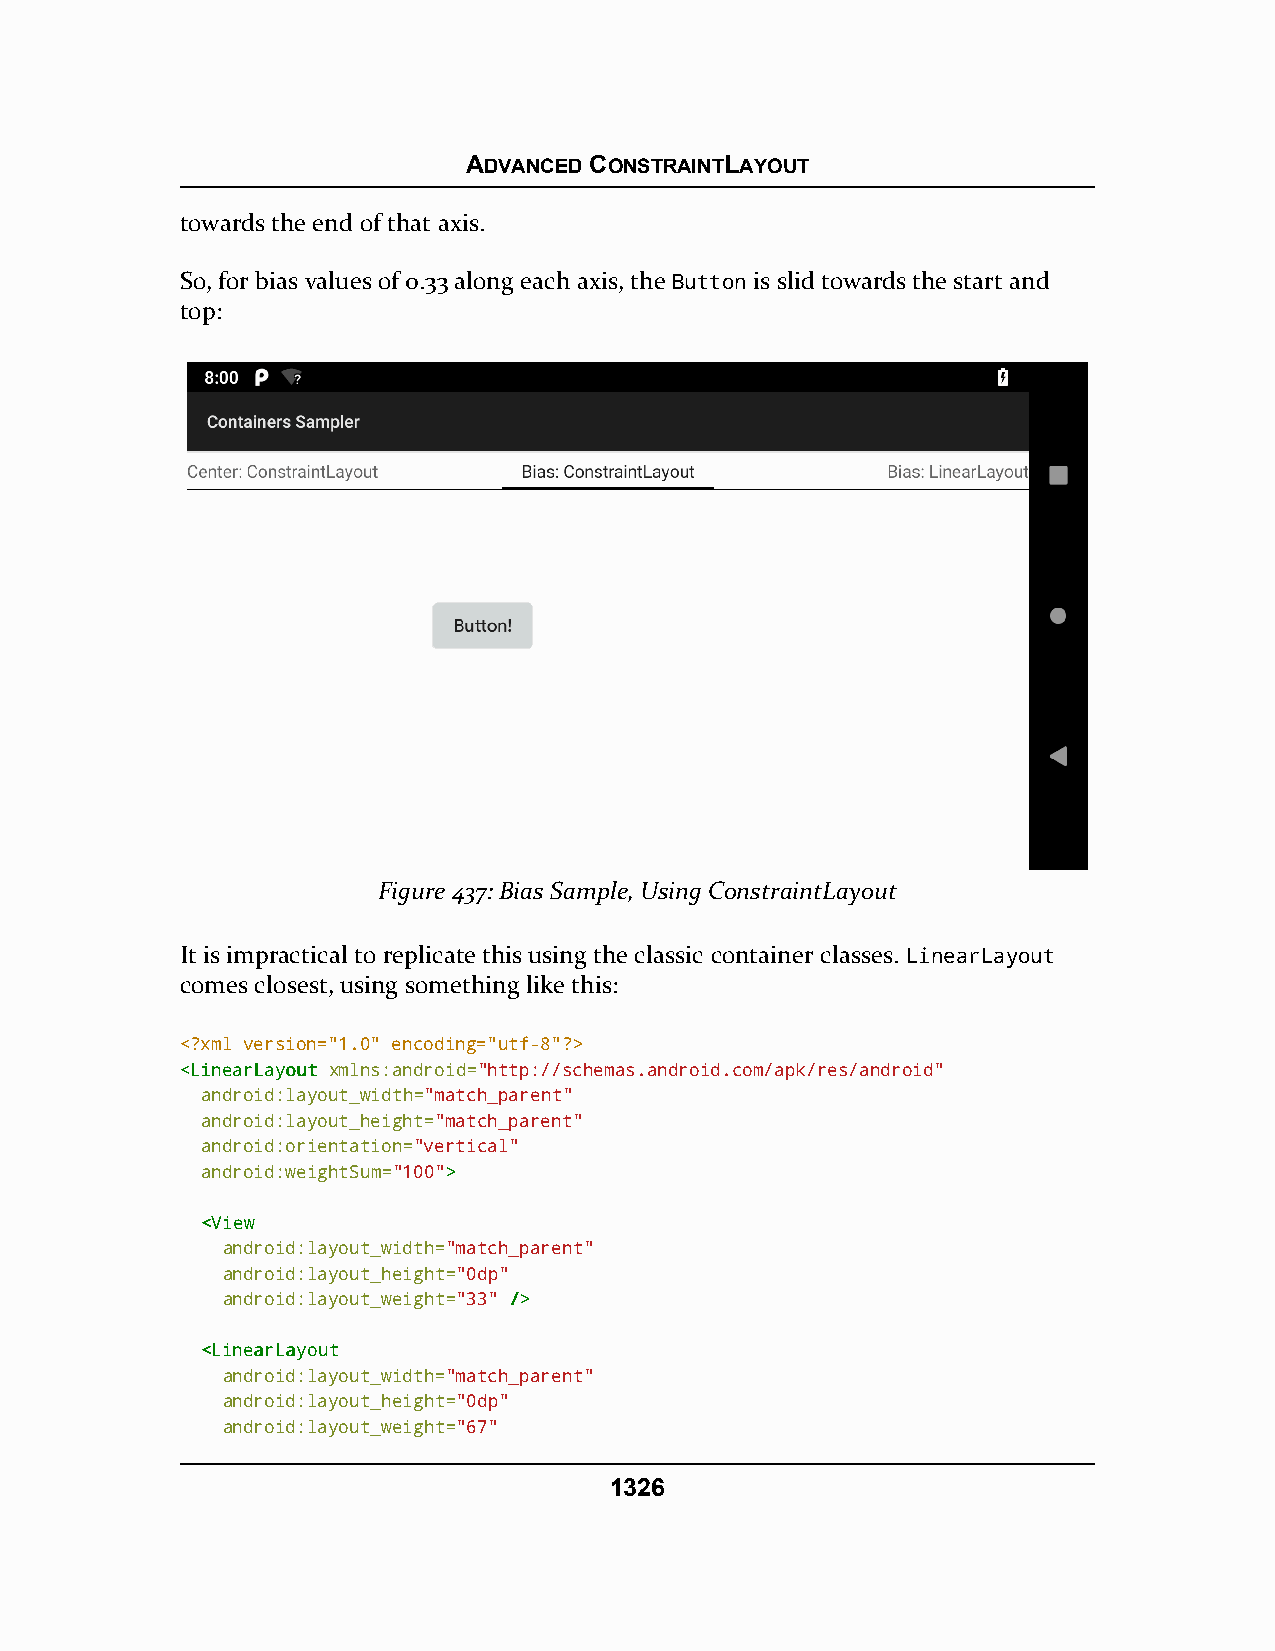
ADVANCED CONSTRAINTLAYOUT
 towards the end of that axis.
 So, for bias values of 0.33 along each axis, the Button is slid towards the start and
 top:
 Figure 437: Bias Sample, Using ConstraintLayout
 It is impractical to replicate this using the classic container classes. LinearLayout
 comes closest, using something like this:
 <?xml version="1.0" encoding="utf-8"?>
 <<LLiinneeaarrLLaayyoouutt xmlns:android="http://schemas.android.com/apk/res/android"
 android:layout_width="match_parent"
 android:layout_height="match_parent"
 android:orientation="vertical"
 android:weightSum="100">>
 <<VViieeww
 android:layout_width="match_parent"
 android:layout_height="0dp"
 android:layout_weight="33" //>>
 <<LLiinneeaarrLLaayyoouutt
 android:layout_width="match_parent"
 android:layout_height="0dp"
 android:layout_weight="67"
 1326